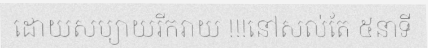
ដោយសប្យាយរីករាយ !!!នៅសល់តែ ៥នាទី